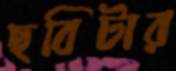
ছবিটার